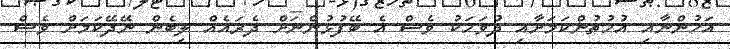
އަޚުންނާއި އުޚުތުންކަމަށާއި ދުވަހަކު ވެސް އެ ބޭފުޅުންނަށް ދެރައެއް ލިބެން ނޭދޭކަމަށް ވެސް